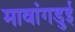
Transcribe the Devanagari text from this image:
मावांगडुई